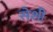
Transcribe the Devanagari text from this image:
सेशी